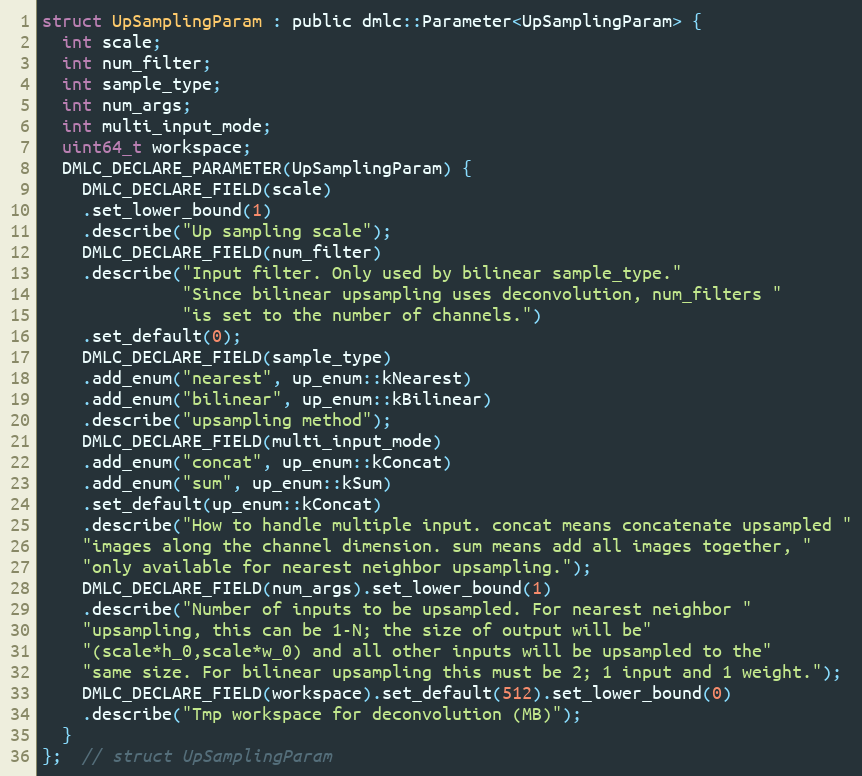
Language: C
struct UpSamplingParam : public dmlc::Parameter<UpSamplingParam> {
  int scale;
  int num_filter;
  int sample_type;
  int num_args;
  int multi_input_mode;
  uint64_t workspace;
  DMLC_DECLARE_PARAMETER(UpSamplingParam) {
    DMLC_DECLARE_FIELD(scale)
    .set_lower_bound(1)
    .describe("Up sampling scale");
    DMLC_DECLARE_FIELD(num_filter)
    .describe("Input filter. Only used by bilinear sample_type."
              "Since bilinear upsampling uses deconvolution, num_filters "
              "is set to the number of channels.")
    .set_default(0);
    DMLC_DECLARE_FIELD(sample_type)
    .add_enum("nearest", up_enum::kNearest)
    .add_enum("bilinear", up_enum::kBilinear)
    .describe("upsampling method");
    DMLC_DECLARE_FIELD(multi_input_mode)
    .add_enum("concat", up_enum::kConcat)
    .add_enum("sum", up_enum::kSum)
    .set_default(up_enum::kConcat)
    .describe("How to handle multiple input. concat means concatenate upsampled "
    "images along the channel dimension. sum means add all images together, "
    "only available for nearest neighbor upsampling.");
    DMLC_DECLARE_FIELD(num_args).set_lower_bound(1)
    .describe("Number of inputs to be upsampled. For nearest neighbor "
    "upsampling, this can be 1-N; the size of output will be"
    "(scale*h_0,scale*w_0) and all other inputs will be upsampled to the"
    "same size. For bilinear upsampling this must be 2; 1 input and 1 weight.");
    DMLC_DECLARE_FIELD(workspace).set_default(512).set_lower_bound(0)
    .describe("Tmp workspace for deconvolution (MB)");
  }
};  // struct UpSamplingParam